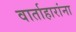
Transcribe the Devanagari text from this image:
वार्ताहारांना